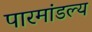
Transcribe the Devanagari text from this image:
पारमांडल्य